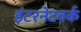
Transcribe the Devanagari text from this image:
इंटरनेटवर्क